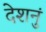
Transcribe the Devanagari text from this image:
देशनुं